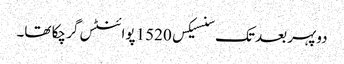
دوپہر بعد تک سنسیکس 1520 پوائنٹس گر چکا تھا۔